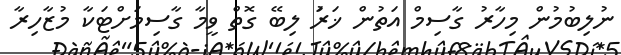
ނުލިބުމުން މިހާރު ގާސިމް އަތުން ޚަރަު ލިބޭ ގޮތް ވީމާ ގާސިމަށްޓަކާ މުޒާހިރާ